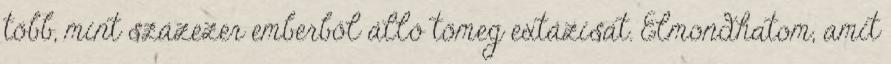
több, mint százezer emberből álló tömeg extázisát. Elmondhatom, amit